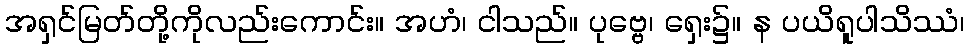
အရှင်မြတ်တို့ကိုလည်းကောင်း။ အဟံ၊ ငါသည်။ ပုဗ္ဗေ၊ ရှေး၌။ န ပယိရူပါသိဿံ၊